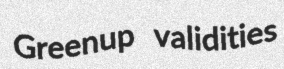
Greenup validities